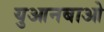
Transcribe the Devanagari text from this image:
युआनबाओ